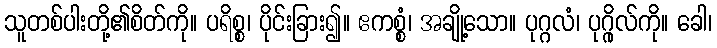
သူတစ်ပါးတို့၏စိတ်ကို။ ပရိစ္စ၊ ပိုင်းခြား၍။ ဧကစ္စံ၊ အချို့သော။ ပုဂ္ဂလံ၊ ပုဂ္ဂိုလ်ကို။ ခေါ၊